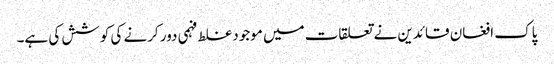
پاک افغان قائدین نے تعلقات میں موجود غلط فہمی دور کرنے کی کوشش کی ہے۔